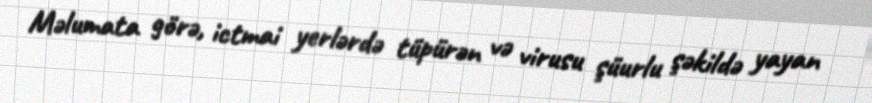
Məlumata görə, ictmai yerlərdə tüpürən və virusu şüurlu şəkildə yayan